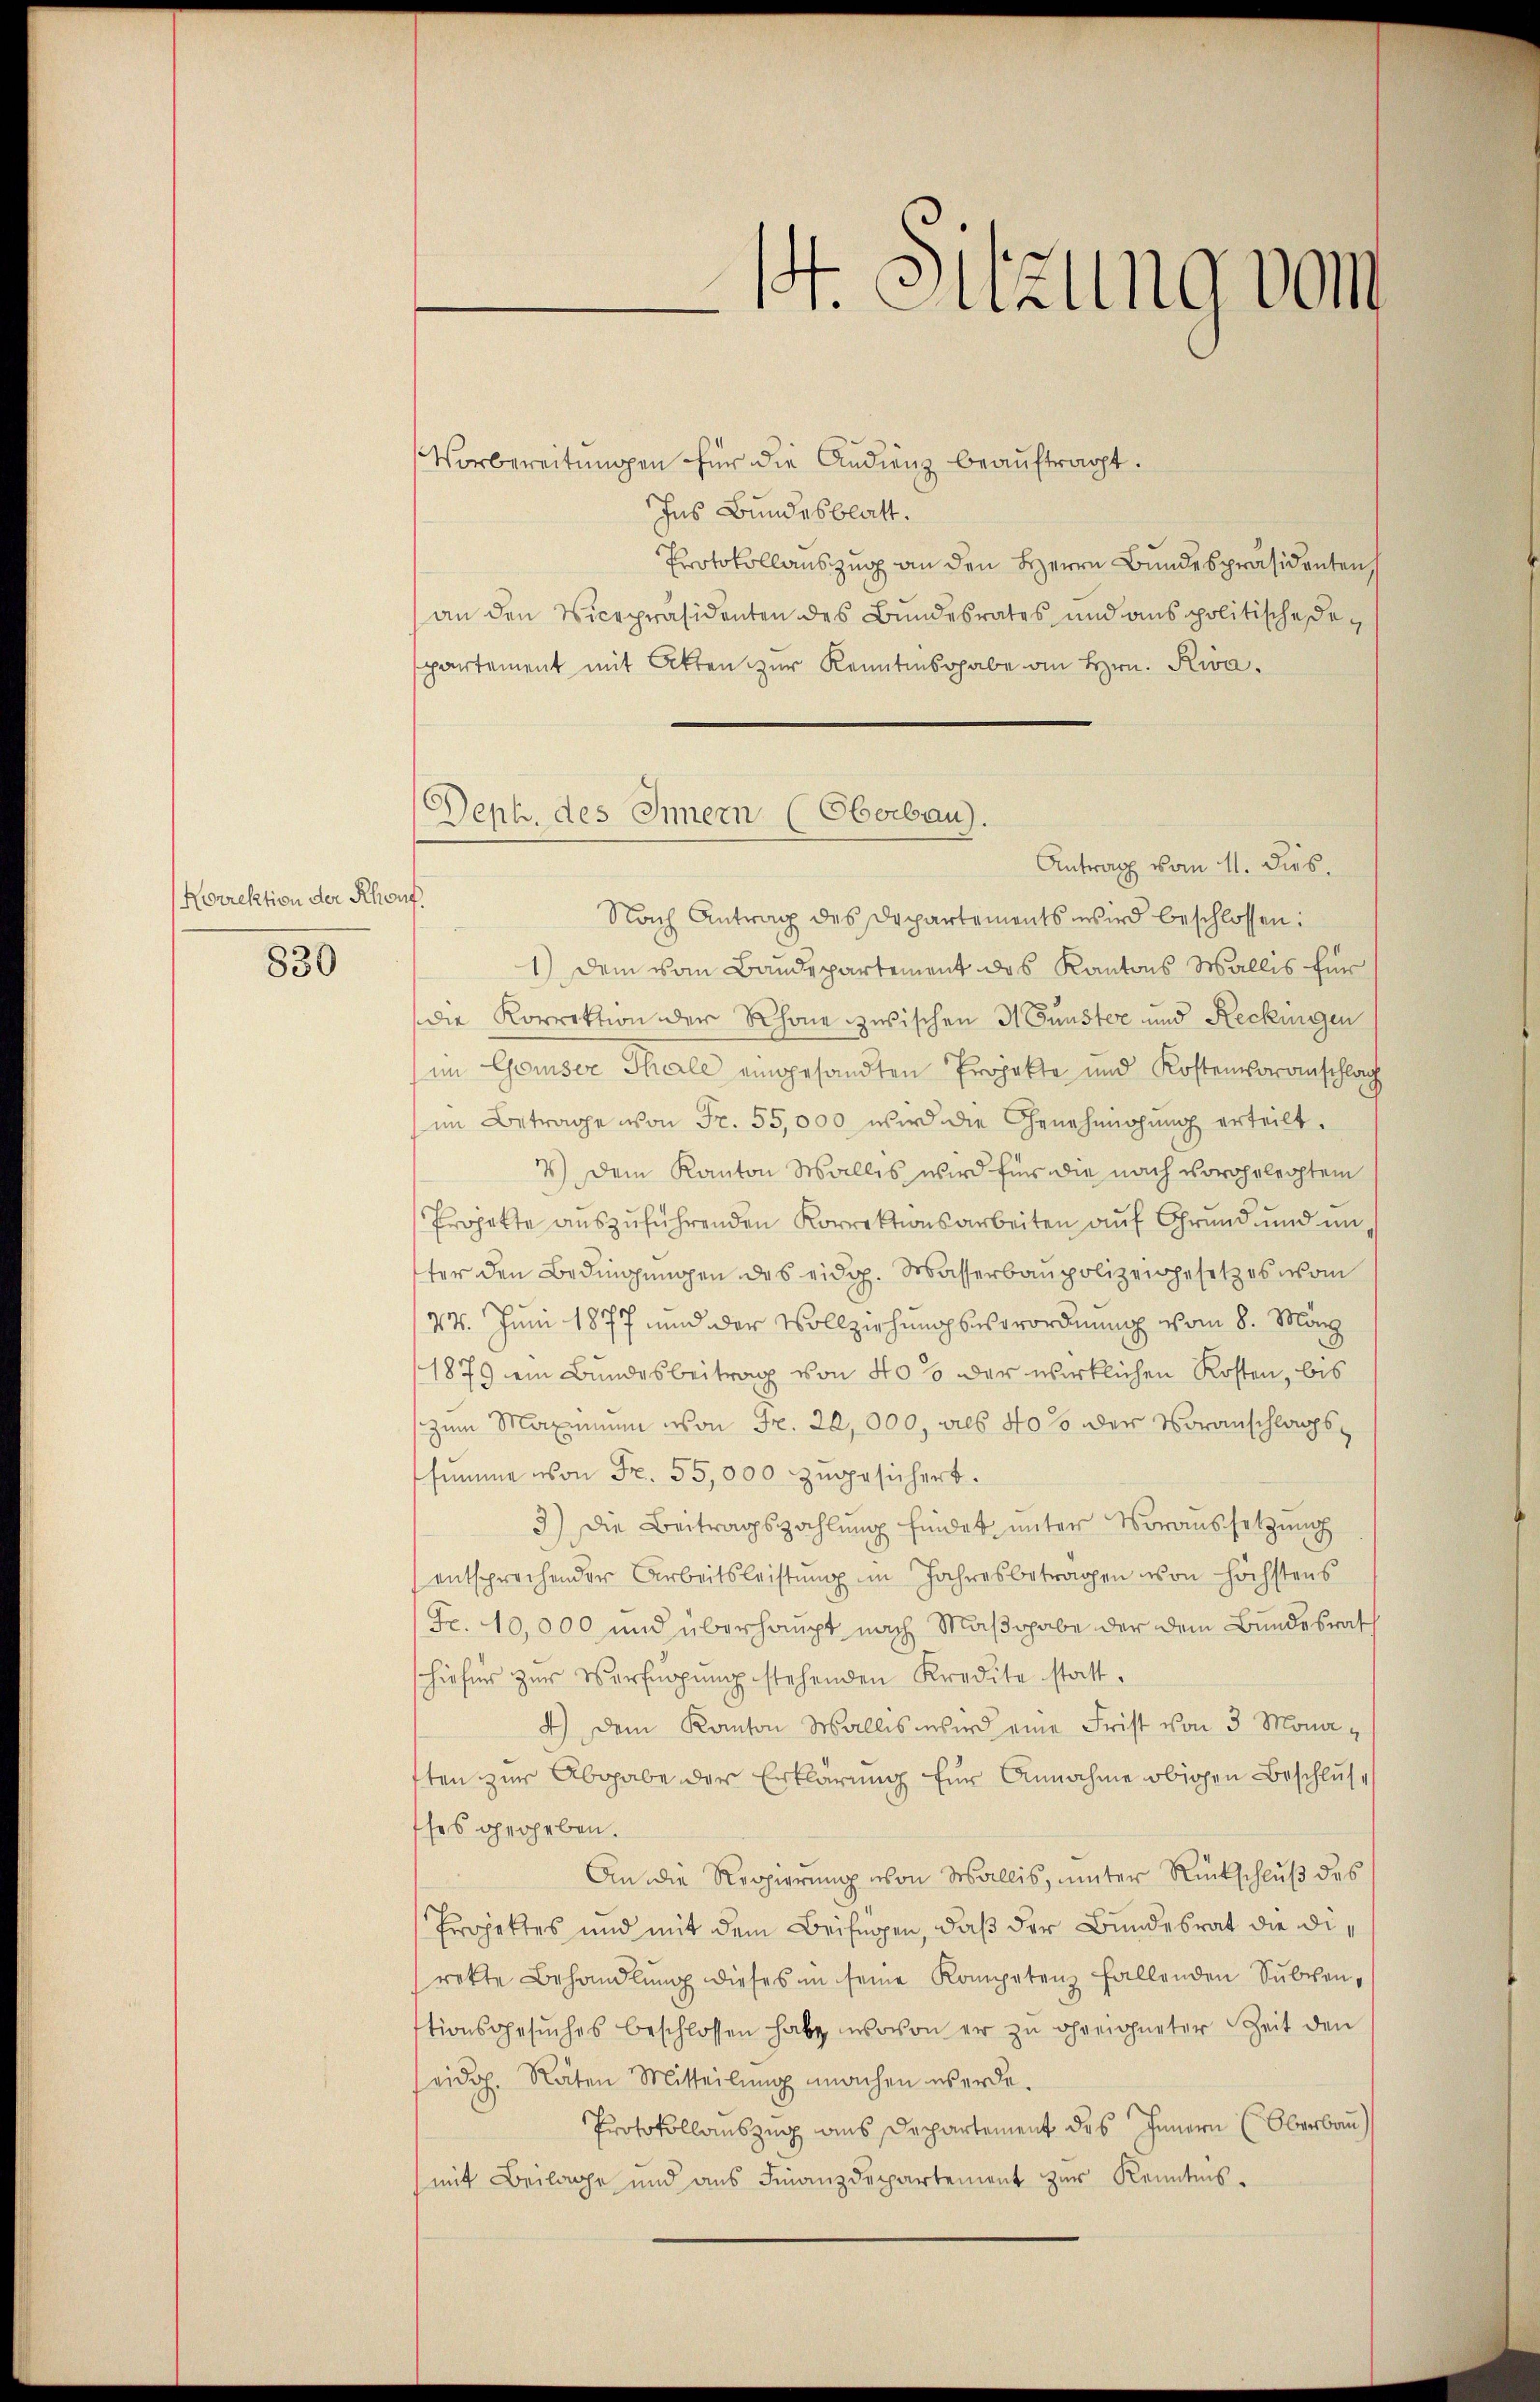
Norrektion der Rhont.

830

Deph. des Innern (Oberbau).

st. Sitzung vom

Vorbereitungen für die Andienz beauftragt.
Ins Bundesblatt.
Protokollauszug an den Herrn Bundespräsidenten, s
an den Vicepräsidenten des Bundesrates und anspolitische Despartement mit Akten zur Kenntnisgabe an Hrn. Riva¬
Antrag vom 11. dies
Nach Antrag des Departements wird beschlossen:
1) Dem vom Baudepartement des Kantons Wallis für
die Korrektion der Rhone zwischen H Gunster und Reckingen
(im Geiser Thale eingesandten Projekte und Kostenvoranschlag
im Betrage von Fr. 55,000 wird die Genehmigŭng erteilt.
7) Dem Kanton Wallis, wird für die nach vorehelechten
Projekte auszuführenden Korrektionsarbeiten auf Grund und in
ter den Bedingungen des eidg. Wasserbaupolizeigesetzes vom
/14. Juni 1877 und der Vollziehungsverordnung vom 8. März
1879 ein Bundesbeitrag von 40% der wirklichen Kosten, bis
zum Maximum von Fr. 20,000, als 40 s der Voranschlags
summe von Fr. 55,000 zugesichert.
3) Die Beitragszahlung findet unter Voraussetzung
entsprechender Arbeitsleistung im Jahresbetragen von höchstens
Fr. 10,000 und überhaupt nach Maßgabe der dem Bundesrath
hiefür zŭr Verfügŭng stehenden Kredite statt.
4) Dem Kanton Wallis wird eine Frist von 3 Monatten zur Abgabe der Erklärung für Annahme obigen Beschluss
sses gegeben.
An die Regierung von Wallis, unter Rückschluß des
Projektes und mit dem Beifügen, daß der Bundesrat die dirette Behandlung dieses in seine Kompetenz fallenden Subvenstionsgesŭches beschlossen habe, wovon er zu greigneter Zeit den
seidg. Raten Mitteilung machen werde.
Protokollauszug aus Departement des Innern (Oberbau
(mit Beilage und aus Finanzdepartement zur Kenntnis-